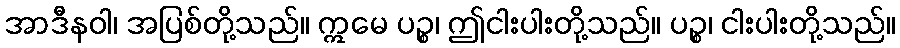
အာဒီနဝါ၊ အပြစ်တို့သည်။ ဣမေ ပဉ္စ၊ ဤငါးပါးတို့သည်။ ပဉ္စ၊ ငါးပါးတို့သည်။